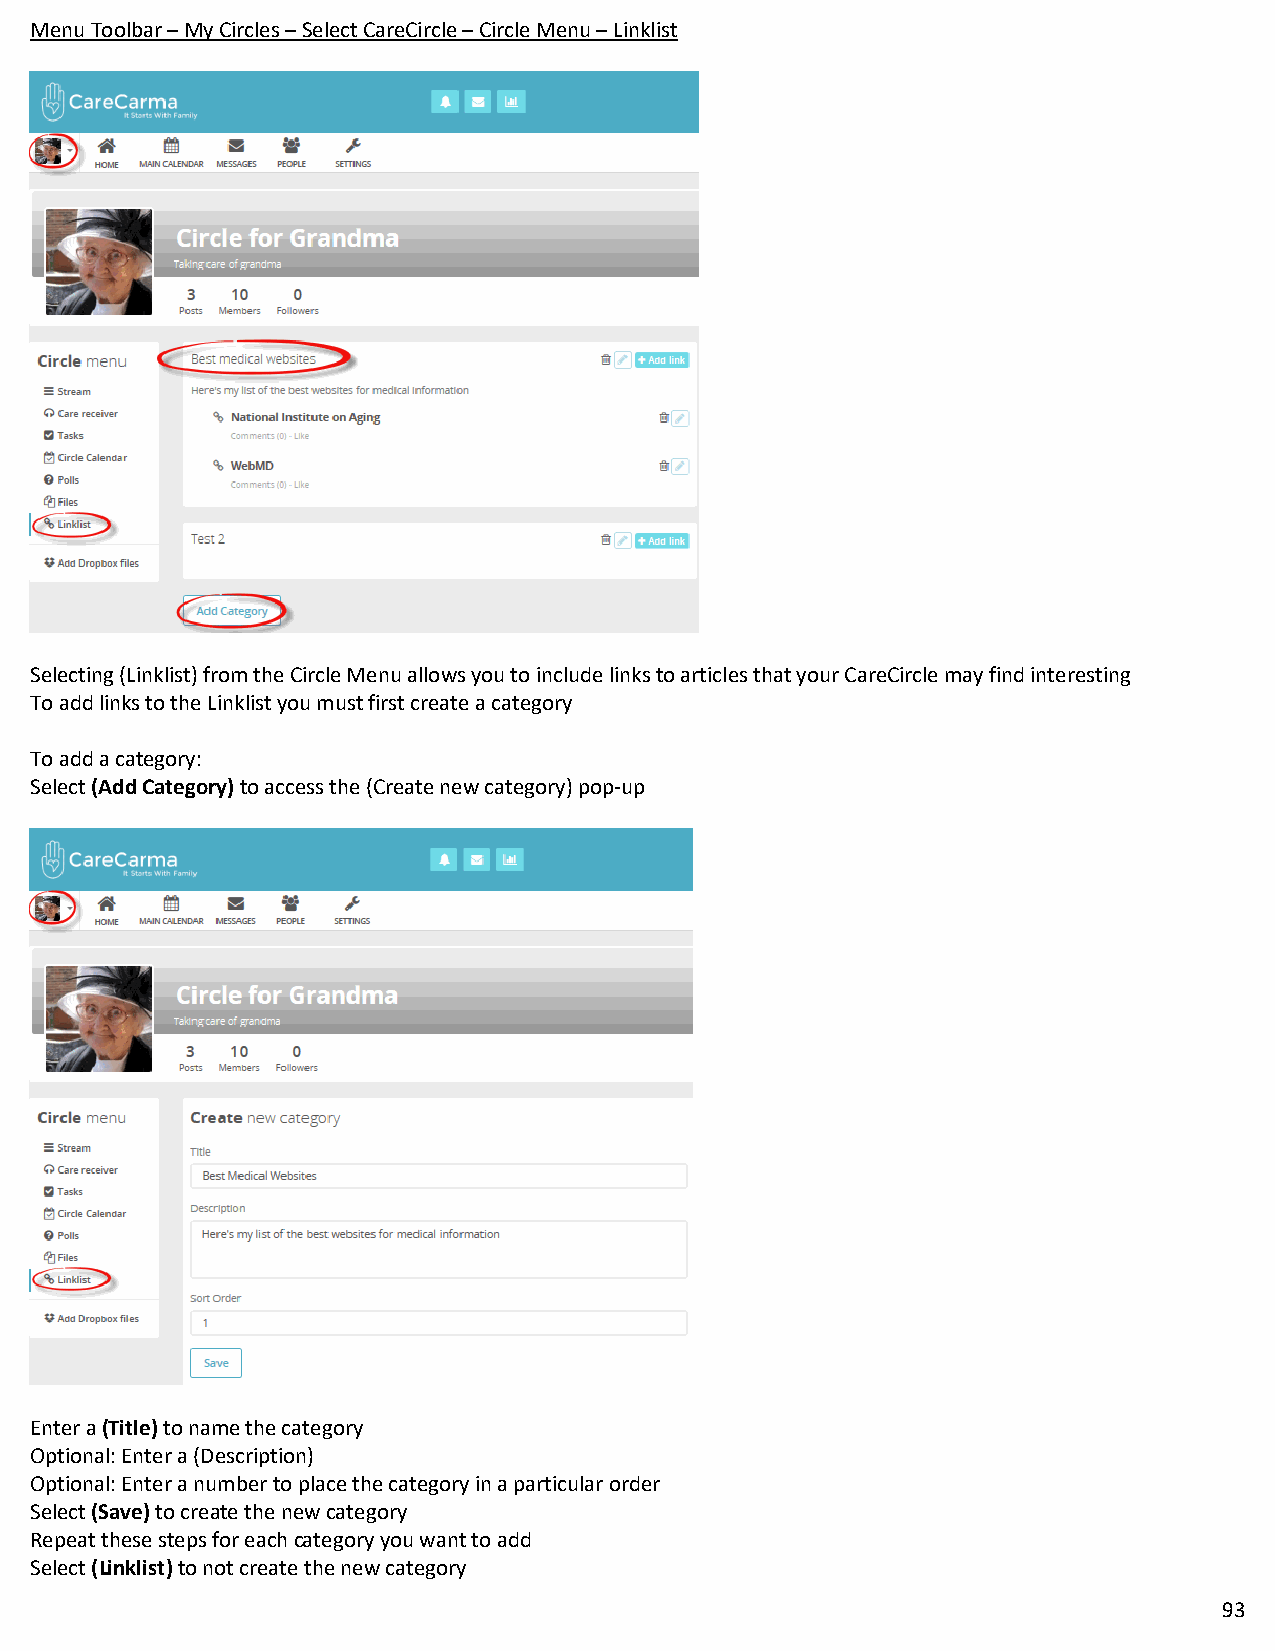
Menu Toolbar – My Circles – Select CareCircle – Circle Menu – Linklist
 Selecting (Linklist) from the Circle Menu allows you to include links to articles that your CareCircle may find interesting
 To add links to the Linklist you must first create a category
 To add a category:
 Select (Add Category) to access the (Create new category) pop-up
 Enter a (Title) to name the category
 Optional: Enter a (Description)
 Optional: Enter a number to place the category in a particular order
 Select (Save) to create the new category
 Repeat these steps for each category you want to add
 Select (Linklist) to not create the new category
 93